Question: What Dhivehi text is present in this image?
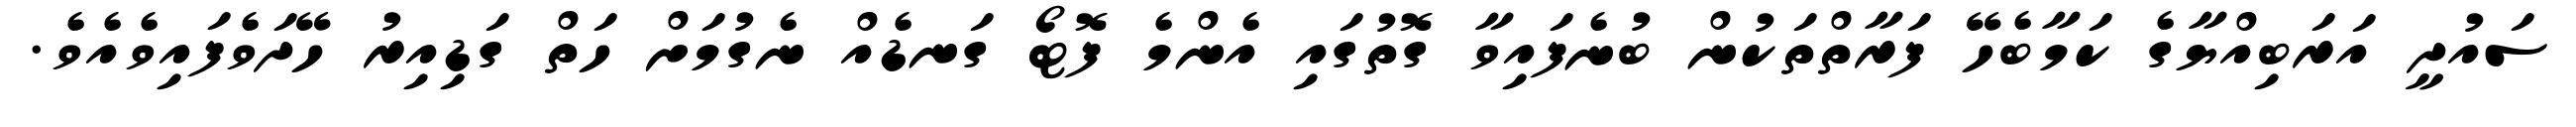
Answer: ސައުދީ އަރަބިއްޔާގެ ކަމާބެހޭ ފަރާތްތަކުން ބުނެފައިވާ ގޮތުގައި އެންމެ ފޮޓޯ ގަނޑެއް ނެގުމަށް ހަތް ގަޑިއިރު ހޭދަވެފައިވެއެވެ.